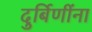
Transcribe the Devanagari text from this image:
दुर्बिणींना